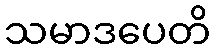
သမာဒပေတိ